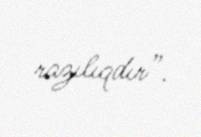
razılıqdır”.